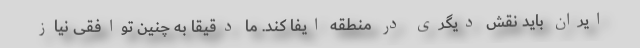
ایران باید نقش دیگری در منطقه ایفا کند. ما دقیقا به چنین توافقی نیاز